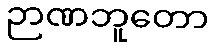
ဉာဏဘူတော